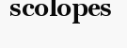
scolopes